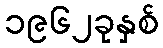
၁၉၆၂ခုနှစ်